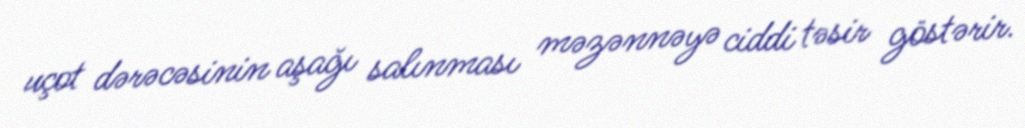
uçot dərəcəsinin aşağı salınması məzənnəyə ciddi təsir göstərir.